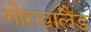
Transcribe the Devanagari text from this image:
गोरखालैंड